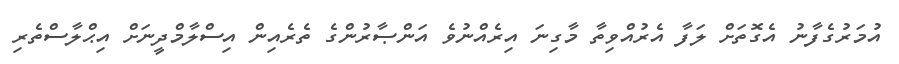
އުމަރުގެފާނު އެގޮތަށް ލަފާ އެރުއްވިތާ މާގިނަ އިރެއްނުވެ އަންޞާރުންގެ ތެރެއިން އިސްލާމްދީނަށް އިޙްލާސްތެރި